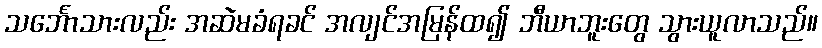
သင်္ဘောသားလည်း အဆဲမခံရခင် အလျင်အမြန်ထ၍ ဘီယာဘူးတွေ သွားယူလာသည်။